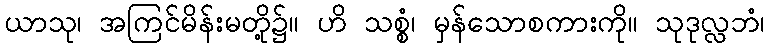
ယာသု၊ အကြင်မိန်းမတို့၌။ ဟိ သစ္စံ၊ မှန်သောစကားကို။ သုဒုလ္လဘံ၊